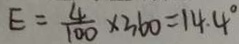
E = \frac { 4 } { 1 0 0 } \times 3 6 0 = 1 4 . 4 ^ { \circ }